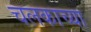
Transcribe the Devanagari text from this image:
चलकाच्या